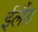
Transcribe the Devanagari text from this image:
ईलैंड